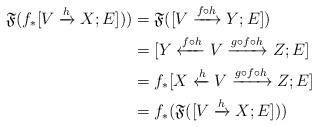
LaTeX: \begin{align*}\frak F (f_*[V \xrightarrow h X;E] )) &= \frak F([V \xrightarrow {f \circ h} Y;E])\\& = [Y \xleftarrow {f \circ h} V \xrightarrow {g \circ f \circ h} Z;E]\\& = f_*[X \xleftarrow h V \xrightarrow {g \circ f \circ h} Z;E]\\& = f_*(\frak F([V \xrightarrow h X;E]))\end{align*}